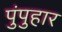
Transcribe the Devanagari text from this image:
पुंपुहार